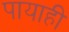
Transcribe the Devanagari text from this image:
पायाही